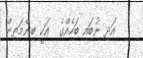
އަދި ނުބައި ބަހެއްގެ  އަކީ ބިންމަތިން